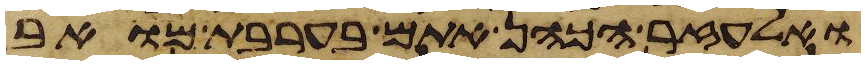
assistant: ואלעזר הכהן אתם בערבת מואב